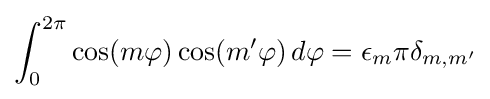
\int _{0}^{2\pi }\cos(m\varphi )\cos(m'\varphi )\,d\varphi =\epsilon _{m}\pi \delta _{m,m'}